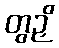
တွဉှိ